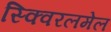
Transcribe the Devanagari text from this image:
स्क्विरलमेल